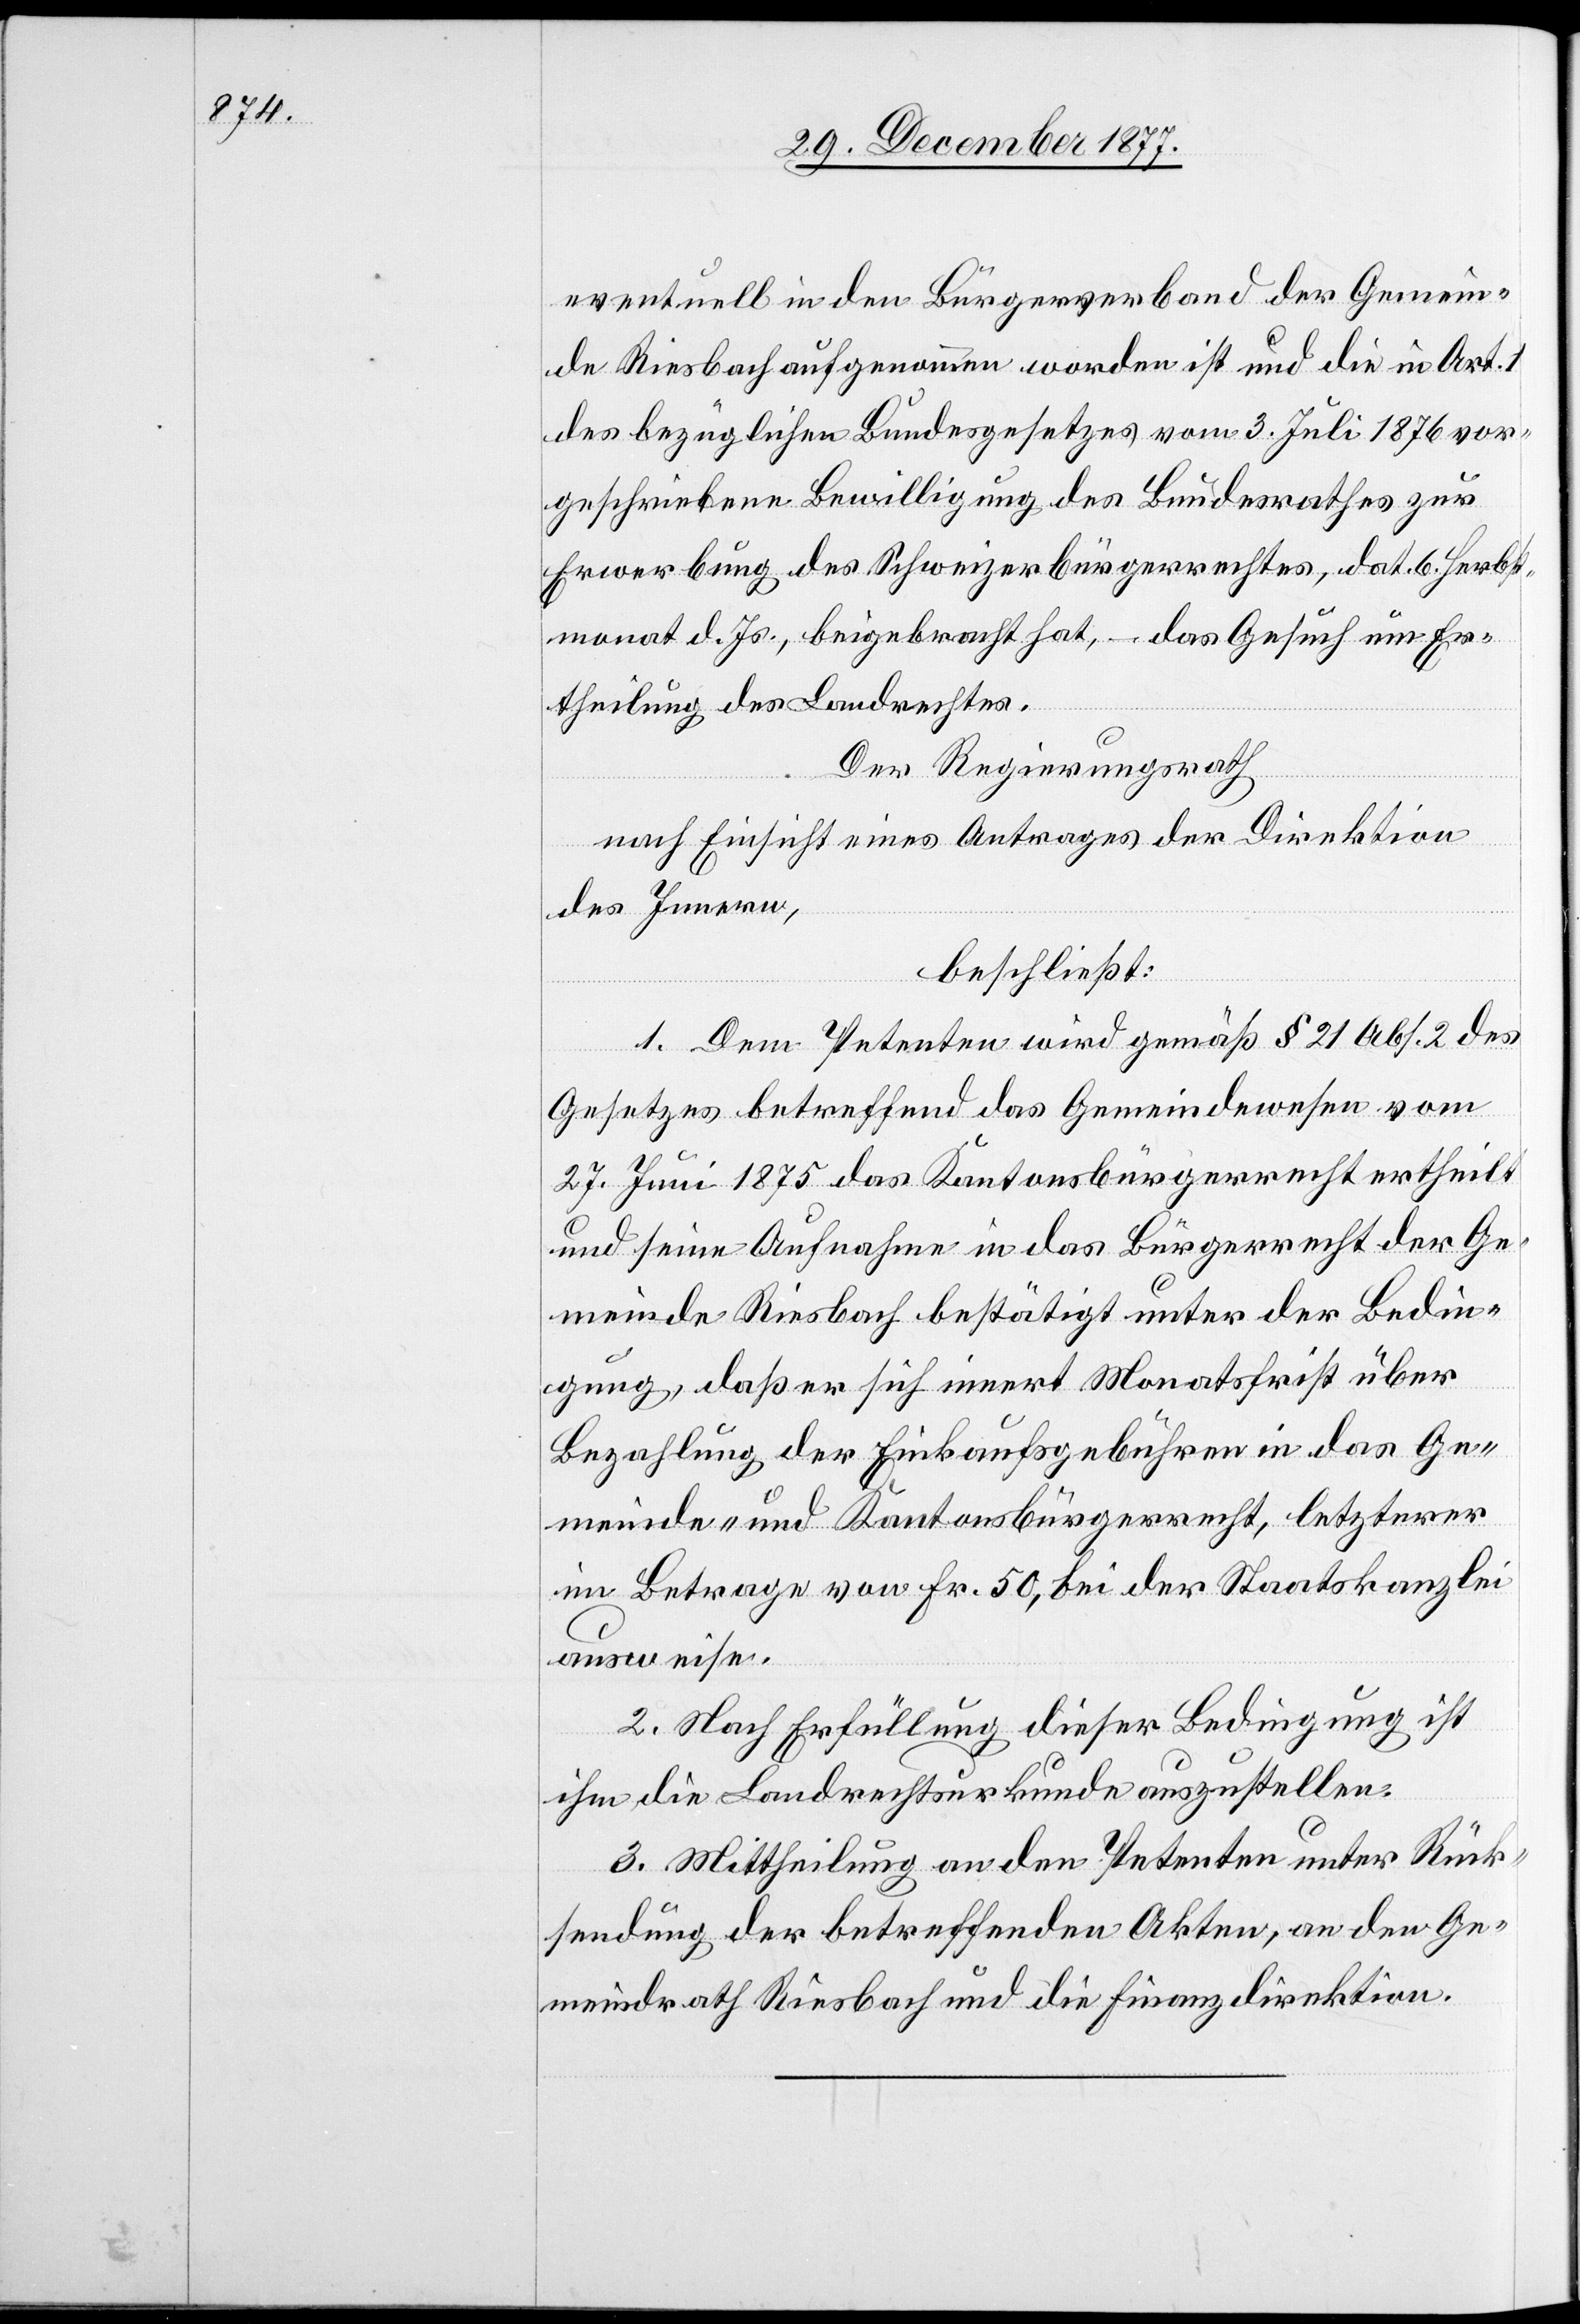
eventuell in den Bürgerverband der Gemein¬
de Riesbach aufgenommen worden ist und die in Art. 1
des bezüglichen Bundesgesetzes vom 3. Juli 1876 vor¬
geschriebene Bewilligung des Bundesrathes zur
Erwerbung des Schweizerbürgerrechtes, dat. 6. Herbst¬
monat d. Js., beigebracht hat, – das Gesuch um Er¬
theilung des Landrechtes.
Der Regierungsrath
nach Einsicht eines Antrages der Direktion
des Innern,
beschließt:
1. Dem Petenten wird gemäß § 21 Abs. 2 des
Gesetzes betreffend das Gemeindewesen vom
27. Juni 1875 das Kantonsbürgerrecht ertheilt
und seine Aufnahme in das Bürgerrecht der Ge¬
meinde Riesbach bestätigt unter der Bedin¬
gung, daß er sich innert Monatsfrist über
Bezahlung der Einkaufsgebühren in das Ge¬
meinde- und Kantonsbürgerrecht, letzterer
im Betrage von Fr. 50, bei der Staatskanzlei
ausweise.
2. Nach Erfüllung dieser Bedingung ist
ihm die Landrechtsurkunde auszustellen.
3. Mittheilung an den Petenten unter Rück¬
sendung der betreffenden Akten, an den Ge¬
meindrath Riesbach und die Finanzdirektion.